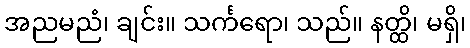
အညမညံ၊ ချင်း။ သင်္ကရော၊ သည်။ နတ္ထိ၊ မရှိ၊